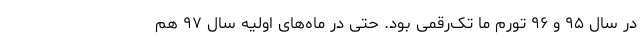
در سال ۹۵ و ۹۶ تورم ما تک‌رقمی بود. حتی در ماه‌های اولیه سال ۹۷ هم